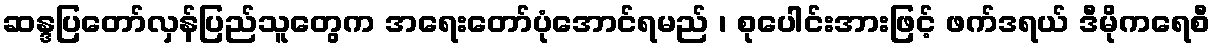
ဆန္ဒပြတော်လှန်ပြည်သူတွေက အရေးတော်ပုံအောင်ရမည် ၊ စုပေါင်းအားဖြင့် ဖက်ဒရယ် ဒီမိုကရေစီ